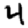
Digit: 4